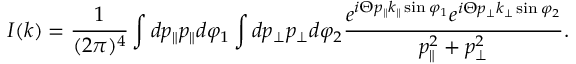
I ( k ) = \frac { 1 } { ( 2 \pi ) ^ { 4 } } \int d p _ { \parallel } p _ { \parallel } d \varphi _ { 1 } \int d p _ { \perp } p _ { \perp } d \varphi _ { 2 } \frac { e ^ { i \Theta p _ { \parallel } k _ { \parallel } \sin \varphi _ { 1 } } e ^ { i \Theta p _ { \perp } k _ { \perp } \sin \varphi _ { 2 } } } { p _ { \parallel } ^ { 2 } + p _ { \perp } ^ { 2 } } .